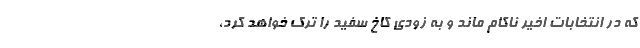
که در انتخابات اخیر ناکام ماند و به زودی کاخ سفید را ترک خواهد کرد،